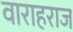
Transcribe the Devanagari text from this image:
वाराहराज